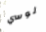
لوسي